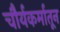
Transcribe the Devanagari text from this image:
चौर्यकर्मातून